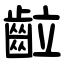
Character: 䶘